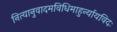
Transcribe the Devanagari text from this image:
नित्यानुवादमविधिमाहुर्न्यायविदः